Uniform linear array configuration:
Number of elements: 8
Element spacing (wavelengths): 0.5
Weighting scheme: binomial
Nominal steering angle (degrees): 45
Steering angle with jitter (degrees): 44.939
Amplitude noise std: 0.05
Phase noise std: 0.05

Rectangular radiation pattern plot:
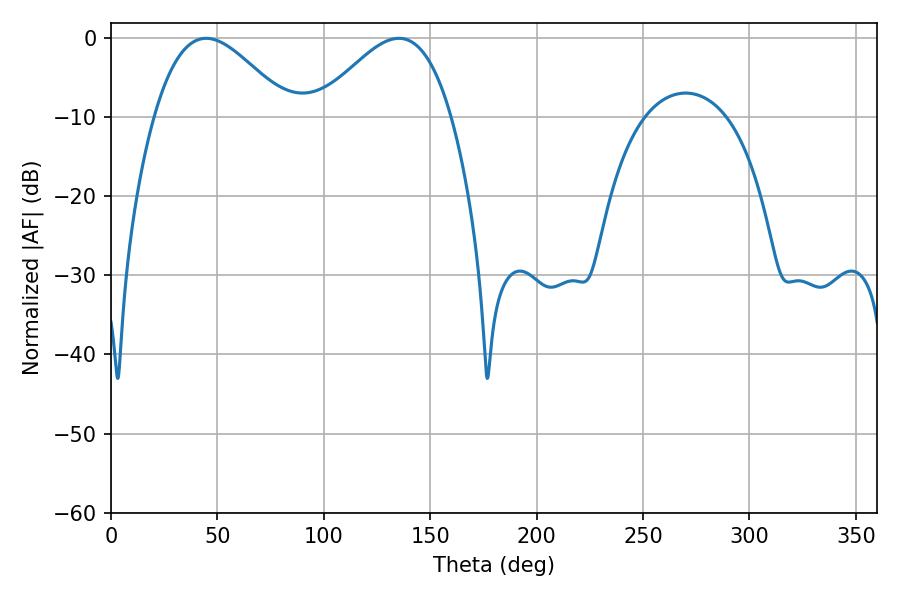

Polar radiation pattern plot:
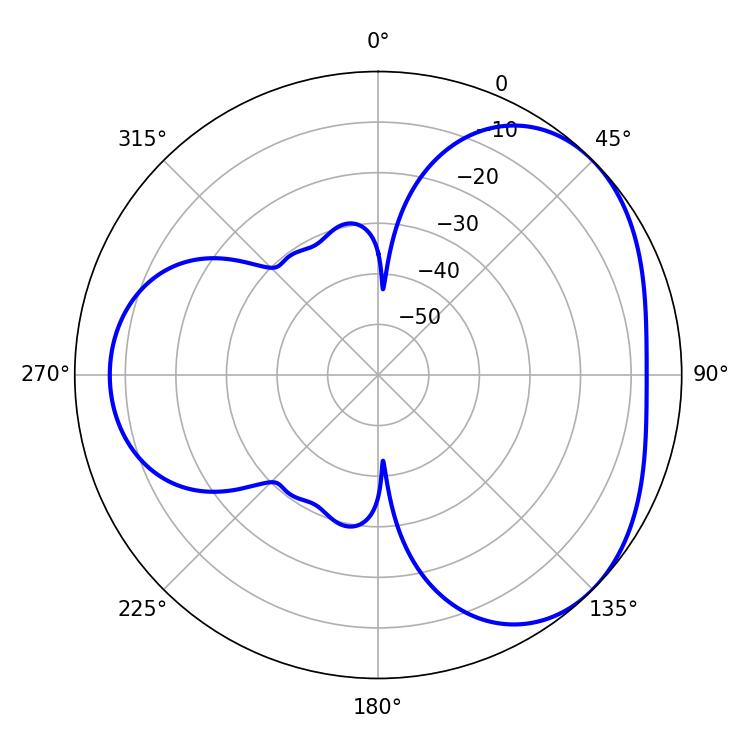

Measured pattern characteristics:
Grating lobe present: FALSE
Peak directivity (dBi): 3.703
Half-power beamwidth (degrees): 33.84
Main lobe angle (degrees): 44.64